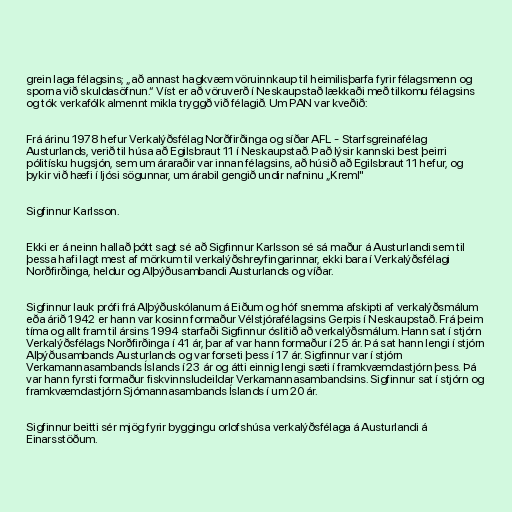
grein laga félagsins; „að annast hagkvæm vöruinnkaup til heimilisþarfa fyrir félagsmenn og
sporna við skuldasöfnun.“ Víst er að vöruverð í Neskaupstað lækkaði með tilkomu félagsins
og tók verkafólk almennt mikla tryggð við félagið. Um PAN var kveðið:

Frá árinu 1978 hefur Verkalýðsfélag Norðfirðinga og síðar AFL - Starfsgreinafélag
Austurlands, verið til húsa að Egilsbraut 11 í Neskaupstað. Það lýsir kannski best þeirri
pólitísku hugsjón, sem um áraraðir var innan félagsins, að húsið að Egilsbraut 11 hefur, og
þykir við hæfi í ljósi sögunnar, um árabil gengið undir nafninu „Kreml"

Sigfinnur Karlsson.

Ekki er á neinn hallað þótt sagt sé að Sigfinnur Karlsson sé sá maður á Austurlandi sem til
þessa hafi lagt mest af mörkum til verkalýðshreyfingarinnar, ekki bara í Verkalýðsfélagi
Norðfirðinga, heldur og Alþýðusambandi Austurlands og víðar.

Sigfinnur lauk prófi frá Alþýðuskólanum á Eiðum og hóf snemma afskipti af verkalýðsmálum
eða árið 1942 er hann var kosinn formaður Vélstjórafélagsins Gerpis í Neskaupstað. Frá þeim
tíma og allt fram til ársins 1994 starfaði Sigfinnur óslitið að verkalýðsmálum. Hann sat í stjórn
Verkalýðsfélags Norðfirðinga í 41 ár, þar af var hann formaður í 25 ár. Þá sat hann lengi í stjórn
Alþýðusambands Austurlands og var forseti þess í 17 ár. Sigfinnur var í stjórn
Verkamannasambands Íslands í 23 ár og átti einnig lengi sæti í framkvæmdastjórn þess. Þá
var hann fyrsti formaður fiskvinnsludeildar Verkamannasambandsins. Sigfinnur sat í stjórn og
framkvæmdastjórn Sjómannasambands Íslands í um 20 ár.

Sigfinnur beitti sér mjög fyrir byggingu orlofshúsa verkalýðsfélaga á Austurlandi á
Einarsstöðum.